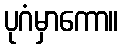
ပုဂံမှာကော။